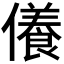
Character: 𠐒